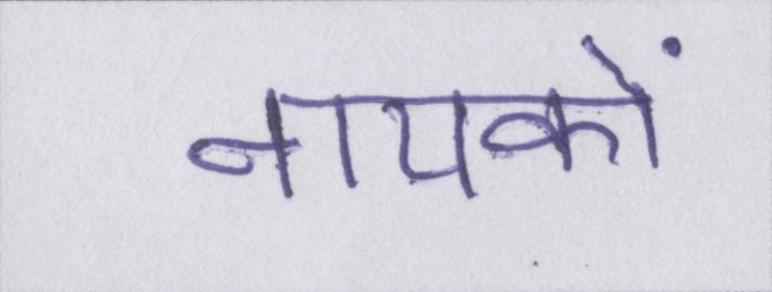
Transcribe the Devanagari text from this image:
नायकों